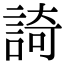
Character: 䛴